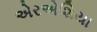
એરએશિયા